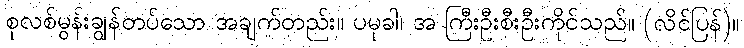
စုလစ်မွန်းချွန်တပ်သော အချက်တည်း။ ပမုခါ၊ အ ကြီးဦးစီးဦးကိုင်သည်။ (လိင်ပြန်)။